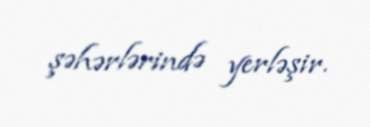
şəhərlərində yerləşir.